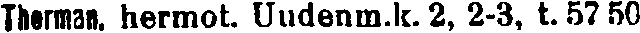
Therman, hermot. Uudenm.k. 2, 2-3, t. 57 50